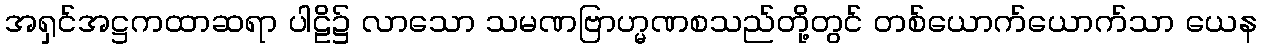
အရှင်အဋ္ဌကထာဆရာ ပါဠိ၌ လာသော သမဏဗြာဟ္မဏစသည်တို့တွင် တစ်ယောက်ယောက်သာ ယေန